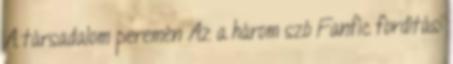
A társadalom peremén Az a három szó Fanfic fordítás: